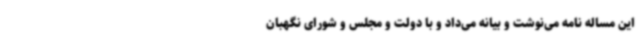
این مساله نامه می‌نوشت و بیانه می‌داد و با دولت و مجلس و شورای نگهبان